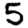
Digit: 5